Vaccination in Bombay 1863-1868 - 1863-1868
Year: 1863
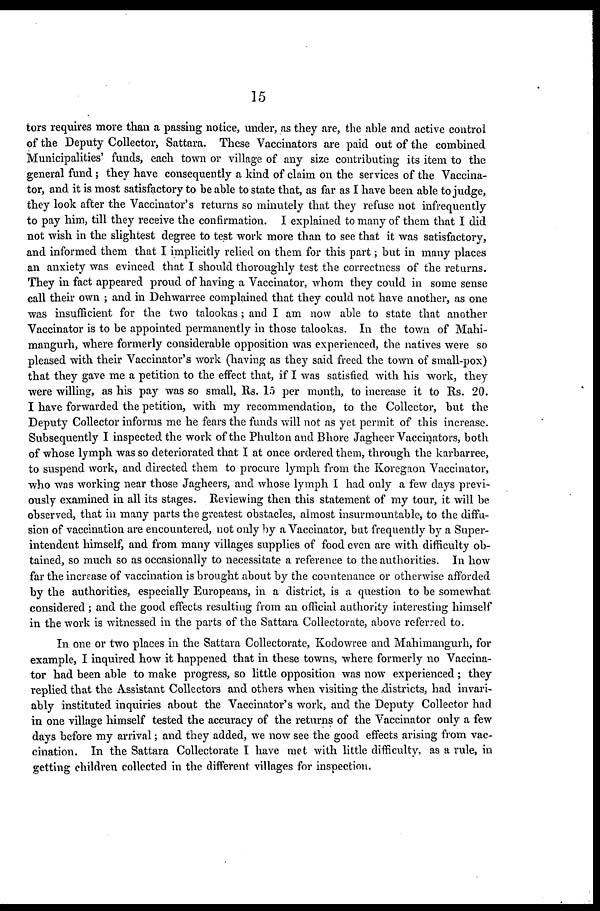
15
tors requires more than a passing notice, under, as they are, the able and active control
of the Deputy Collector, Sattara. These Vaccinators are paid out of the combined
Municipalities' funds, each town or village of any size contributing its item to the
general fund; they have consequently a kind of claim on the services of the Vaccina¬
tor, and it is most satisfactory to be able to state that, as far as I have been able to judge,
they look after the Vaccinator's returns so minutely that they refuse not infrequently
to pay him, till they receive the confirmation. I explained to many of them that I did
not wish in the slightest degree to test work more than to see that it was satisfactory,
and informed them that I implicitly relied on them for this part; but in many places
an anxiety was evinced that I should thoroughly test the correctness of the returns.
They in fact appeared proud of having a Vaccinator, whom they could in some sense
call their own ; and in Dehwarree complained that they could not have another, as one
was insufficient for the two talookas; and I am now able to state that another
Vaccinator is to be appointed permanently in those talookas. In the town of Mahi¬
mangurh, where formerly considerable opposition was experienced, the natives were so
pleased with their Vaccinator's work (having as they said freed the town of small-pox)
that they gave me a petition to the effect that, if I was satisfied
with his work, they
were willing, as his pay was so small, Rs. 15 per month, to increase it to Rs. 20.
I have forwarded the petition, with my recommendation, to the Collector, but the
Deputy Collector informs me he fears the funds will not as yet permit of this increase.
Subsequently I inspected the work of the Phulton and Bhore Jagheer Vaccinators, both
of whose lymph was so deteriorated that I at once ordered them, through the karbarree,
to suspend work, and directed them to procure lymph from the Koregaon Vaccinator,
who was working near those Jagheers, and whose lymph I had only a few days previ-
ously examined in all its stages. Reviewing then this statement of my tour, it will be
observed, that in many parts the greatest obstacles, almost insurmountable, to the diffu-
sion of vaccination are encountered, not only by a Vaccinator, but frequently by a Super-
intendent himself, and from many villages supplies of food even are with difficulty ob-
tained, so much so as occasionally to necessitate a reference to the authorities. In how
far the increase of vaccination is brought about by the countenance or otherwise afforded
by the authorities, especially Europeans, in a district, is a question to be somewhat
considered ; and the good effects resulting from an official authority interesting himself
in the work is witnessed in the parts of the Sattara Collectorate, above referred to.
In one or two places in the Sattara Collectorate, Kodowree and Mahimangurh, for
example, I inquired how it happened that in these towns, where formerly no Vaccina-
tor had been able to make progress, so little opposition was now experienced ; they
replied that the Assistant Collectors and others when visiting the districts, had invari-
ably instituted inquiries about the Vaccinator's work, and the Deputy Collector had
in one village himself tested the accuracy of the returns of the Vaccinator only a few
days before my arrival; and they added, we now see the good effects arising from vac-
cination. In the Sattara Collectorate I have met with little difficulty, as a rule, in
getting children collected in the different villages for inspection.